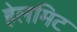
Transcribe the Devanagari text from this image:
हेलमिट